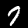
Label: 7